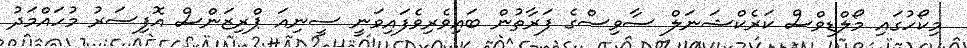
މިކޯހުގައި މޯލްޑިވްސް ކަރެކްޝަނަލް ސާވިސްގެ ފަރާތުން ބައިވެރިވެފައިވަނީ ސީނިއަ ޕްރިޒަންސް އޮފިސަރު މުހައްމަދު